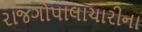
રાજગોપાલાચારીના